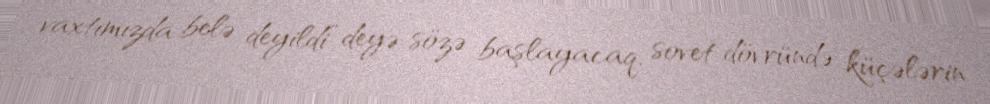
vaxtımızda belə deyildi” deyə sözə başlayacaq, sovet dövründə küçələrin